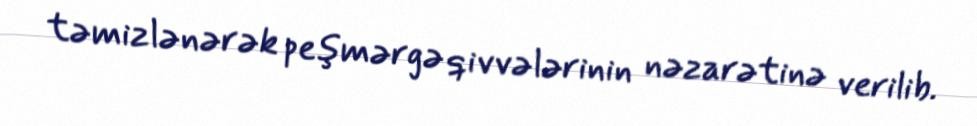
təmizlənərək peşmərgə qivvələrinin nəzarətinə verilib.